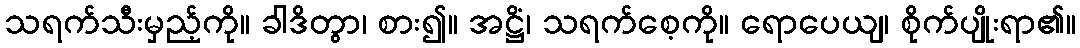
သရက်သီးမှည့်ကို။ ခါဒိတွာ၊ စား၍။ အဋ္ဌိံ၊ သရက်စေ့ကို။ ရောပေယျ၊ စိုက်ပျိုးရာ၏။